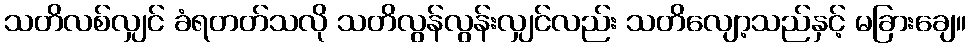
သတိလစ်လျှင် ခံရတတ်သလို သတိလွန်လွန်းလျှင်လည်း သတိလျော့သည်နှင့် မခြားချေ။